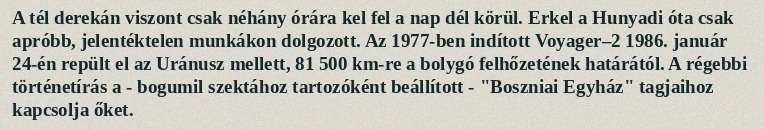
A tél derekán viszont csak néhány órára kel fel a nap dél körül. Erkel a Hunyadi óta csak apróbb, jelentéktelen munkákon dolgozott. Az 1977-ben indított Voyager–2 1986. január 24-én repült el az Uránusz mellett, 81 500 km-re a bolygó felhőzetének határától. A régebbi történetírás a - bogumil szektához tartozóként beállított - "Boszniai Egyház" tagjaihoz kapcsolja őket.